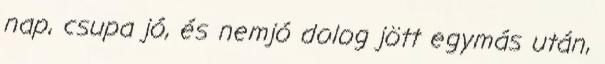
nap, csupa jó, és nemjó dolog jött egymás után,